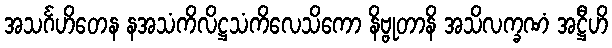
အသင်္ဂဟိတေန နအသံကိလိဋ္ဌသံကိလေသိကော နိဗ္ဗုတာနိ အသိလက္ခဏံ အဋ္ဌီဟိ